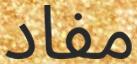
مفاد